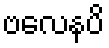
ဗလေနပိ